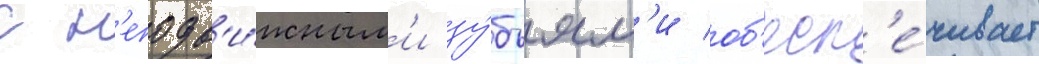
с н'еподв'и́жным'и зу́бьям'и об'есп'е́чивает